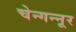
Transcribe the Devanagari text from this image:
चेन्गन्नूर